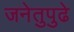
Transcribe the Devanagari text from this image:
जनेतुपुढे